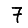
Digit: 7